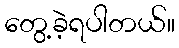
တွေ့ခဲ့ရပါတယ်။